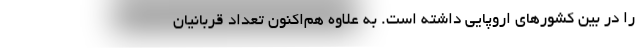
را در بین کشورهای اروپایی داشته است. به علاوه هم‌اکنون تعداد قربانیان